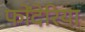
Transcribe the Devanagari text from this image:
फोंदेरिया